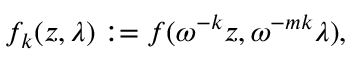
f _ { k } ( z , \lambda ) : = f ( \omega ^ { - k } z , \omega ^ { - m k } \lambda ) ,